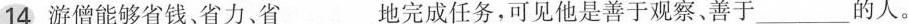
14游僧能够省钱。省力、省___地完成任务，可见他是善于观察，善于___的人。